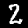
Label: 2